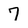
Character: 7